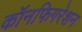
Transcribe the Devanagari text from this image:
कॉनफिगरेशन